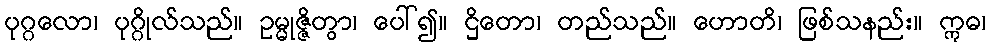
ပုဂ္ဂလော၊ ပုဂ္ဂိုလ်သည်။ ဥမ္မုဇ္ဇိတွာ၊ ပေါ်၍။ ဌိတော၊ တည်သည်။ ဟောတိ၊ ဖြစ်သနည်း။ ဣဓ၊